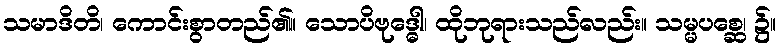
သမာဒိတိ၊ ကောင်းစွာတည်၏။ သောပိဗုဒ္ဓေါ၊ ထိုဘုရားသည်လည်း။ သမ္မပစ္ဆေ၊ ၌။